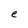
Character: e